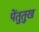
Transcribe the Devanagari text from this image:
पेंतुतुख